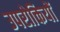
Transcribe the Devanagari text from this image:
उपरोक्तियों